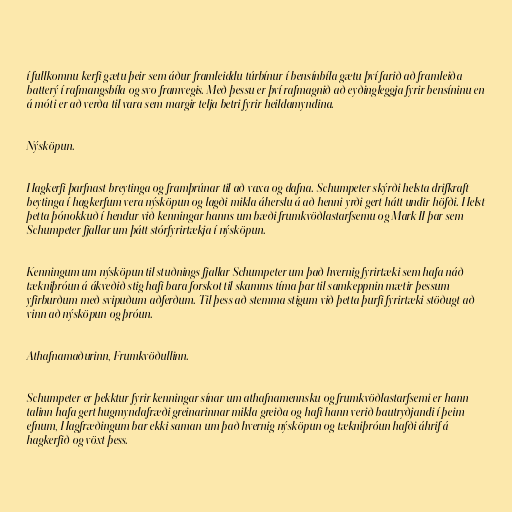
í fullkomnu kerfi gætu þeir sem áður framleiddu túrbínur í bensínbíla gætu því farið að framleiða
batterý í rafmangsbíla og svo framvegis. Með þessu er því rafmagnið að eyðingleggja fyrir bensíninu en
á móti er að verða til vara sem margir telja betri fyrir heildamyndina.

Nýsköpun.

Hagkerfi þarfnast breytinga og framþrúnar til að vaxa og dafna. Schumpeter skýrði helsta drifkraft
beytinga í hagkerfum vera nýsköpun og lagði mikla áherslu á að henni yrði gert hátt undir höfði. Helst
þetta þónokkuð í hendur við kenningar hanns um bæði frumkvöðlastarfsemu og Mark II þar sem
Schumpeter fjallar um þátt stórfyrirtækja í nýsköpun.

Kenningum um nýsköpun til stuðnings fjallar Schumpeter um það hvernig fyrirtæki sem hafa náð
tækniþróun á ákveðið stig hafi bara forskot til skamms tíma þar til samkeppnin mætir þessum
yfirburðum með svipuðum aðferðum. Til þess að stemma stigum við þetta þurfi fyrirtæki stöðugt að
vinn að nýsköpun og þróun.

Athafnamaðurinn, Frumkvöðullinn.

Schumpeter er þekktur fyrir kenningar sínar um athafnamennsku og frumkvöðlastarfsemi er hann
talinn hafa gert hugmyndafræði greinarinnar mikla greiða og hafi hann verið bautryðjandi í þeim
efnum, Hagfræðingum bar ekki saman um það hvernig nýsköpun og tækniþróun hafði áhrif á
hagkerfið og vöxt þess.